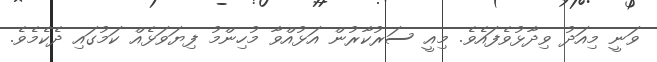
ވަނީ މިއަދު ވިދާޅުވެފައެވެ. މިއީ ސަރުކާރުން އަޅުއްވާ މުހިންމު ފިޔަވަޅެއް ކަމުގައި ދެކެމެވެ.